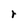
Character: r